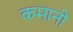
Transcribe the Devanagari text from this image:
कमानो